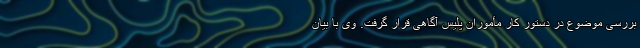
بررسی موضوع در دستور کار مأموران پلیس آگاهی قرار گرفت. وی با بیان